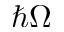
\hbar \Omega